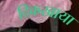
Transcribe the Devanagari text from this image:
दिकखाया